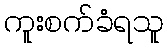
ကူးစက်ခံရသူ